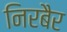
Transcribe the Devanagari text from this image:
निरबैर